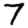
Digit: 7